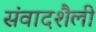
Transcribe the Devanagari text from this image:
संवादशैली